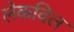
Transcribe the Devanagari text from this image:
लेकविल